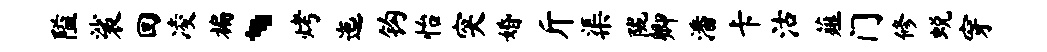
隘裟回凌褊、烤迤钩怡突婚斤渠陇卿潘卡沽薤门修蜕穿